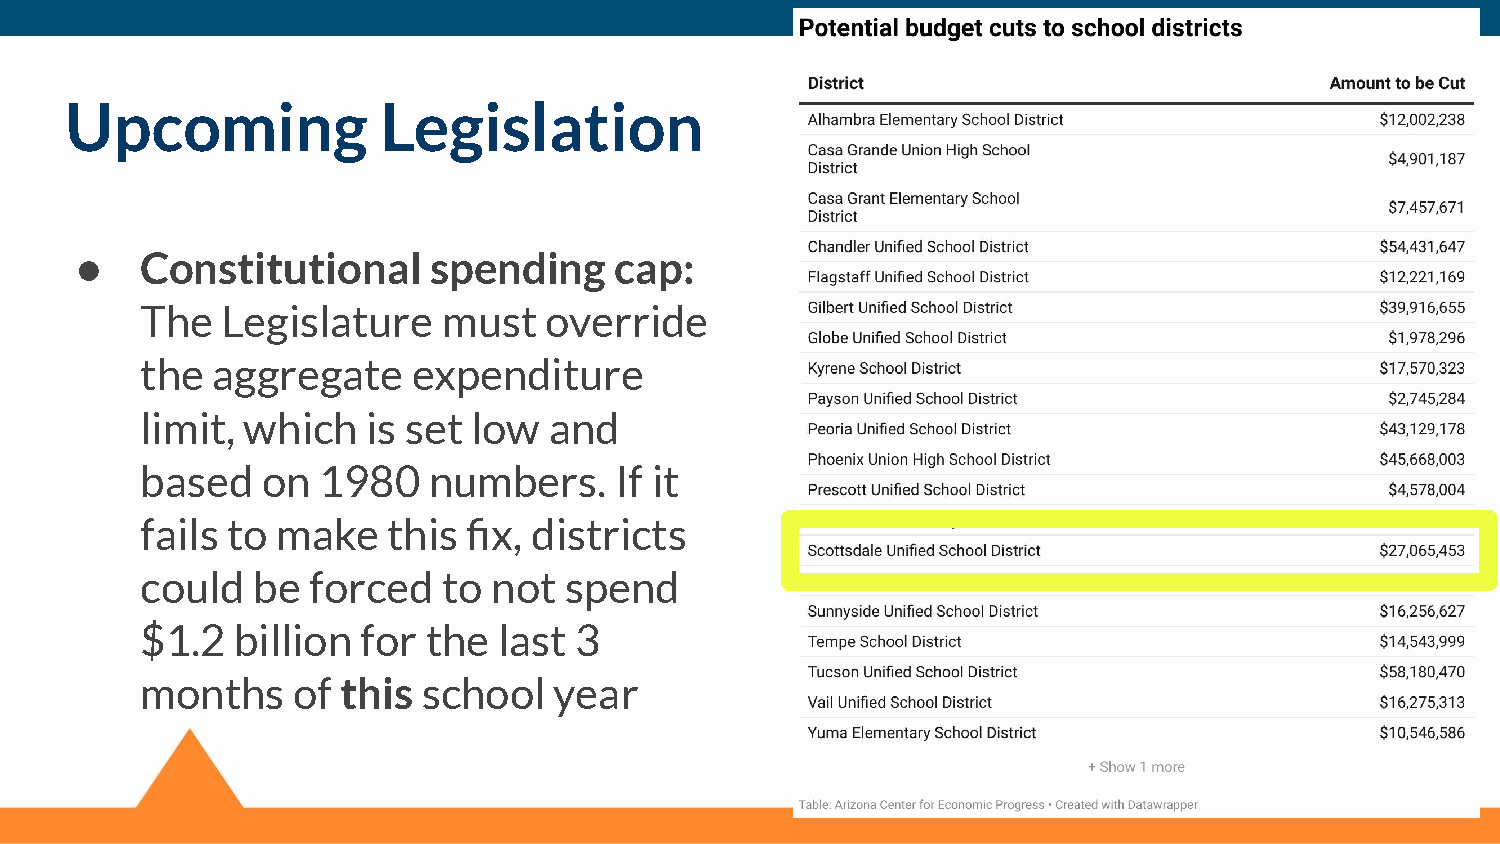
Upcoming             Legislation
 ●   Constitutional      spending    cap:
 The   Legislature   must   override
 the  aggregate    expenditure
 limit, which   is set low  and
 based   on  1980   numbers.     If it
 fails to make    this fix, districts
 could   be forced   to  not spend
 $1.2  billion  for the  last 3
 months    of  this school   year